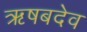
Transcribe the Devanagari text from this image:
ऋषबदेव